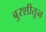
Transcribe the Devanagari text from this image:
बुरशीतून